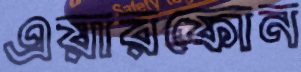
এয়ারফোন